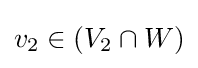
{\textstyle v_{2}\in (V_{2}\cap W)}